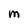
Character: M